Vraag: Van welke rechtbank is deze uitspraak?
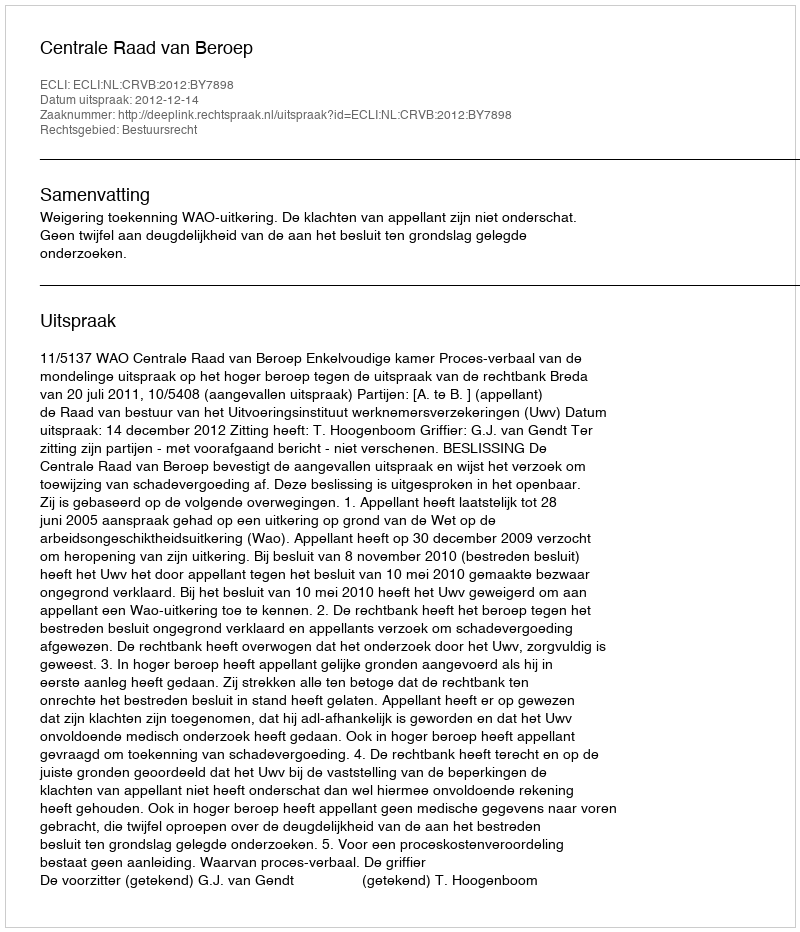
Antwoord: Centrale Raad van Beroep